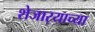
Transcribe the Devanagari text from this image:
शेजार्‍याच्या